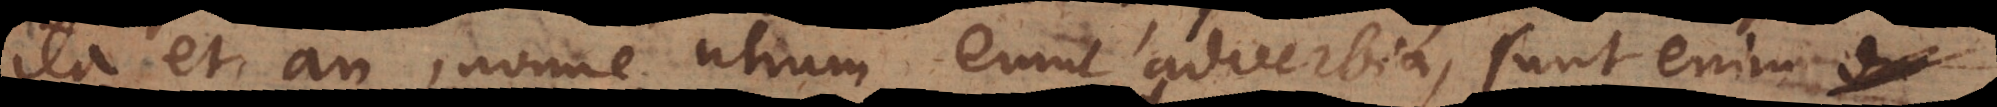
ita et an, nonne, utrum erunt adverbia, sunt enim